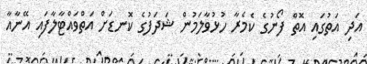
އަދި އަތުގައި އޮތް ފޯނުގެ ކެމެރާ ހުޅުވާލަމުން ޝަދަފުގެ ކޮނޑަށް އަތްވައްޓާލާފައި އޭނާއާ